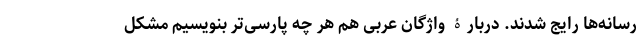
رسانه‌ها رایج شدند. دربارۀ واژگان عربی هم هر چه پارسی‌تر بنویسیم مشکل